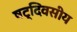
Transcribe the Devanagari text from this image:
षट्‌दिवसीय